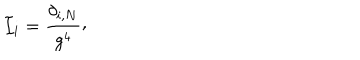
LaTeX: { \cal I } _ { i } = { \frac { \delta _ { i , N } } { g ^ { 4 } } } \raise 2 p t \mathrm { , }